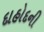
દાહોદની